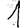
Digit: 1